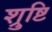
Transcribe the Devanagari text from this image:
श्रुष्टि